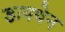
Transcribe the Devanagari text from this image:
डायथेन